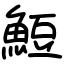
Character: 䱏